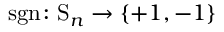
\operatorname { s g n } \colon \mathrm { S } _ { n } \rightarrow \{ + 1 , - 1 \}